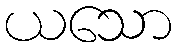
ယသော